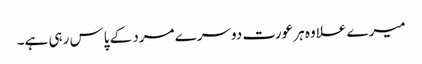
میرے علاوہ ہر عورت دوسرے مرد کے پاس رہی ہے۔